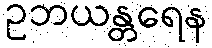
ဥဘယန္တရေန